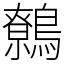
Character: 鷯